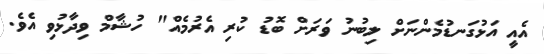
އެއީ އަޅުގަނޑުމެންނަށް ލިބުނު ވަރަށް ބޮޑު ކުރި އެރުމެއް" ހުޝާމް ވިދާޅުވި އެވެ.